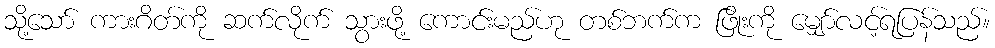
သို့သော် ကားဂိတ်ကို ဆက်လိုက် သွားဖို့ ကောင်းမည်ဟု တစ်ဘက်က ဖြိုးကို မျှော်လင့်ရပြန်သည်။